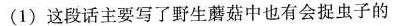
(1)这段话主要写了野生蘑菇中也有会捉虫子的